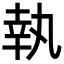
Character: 執